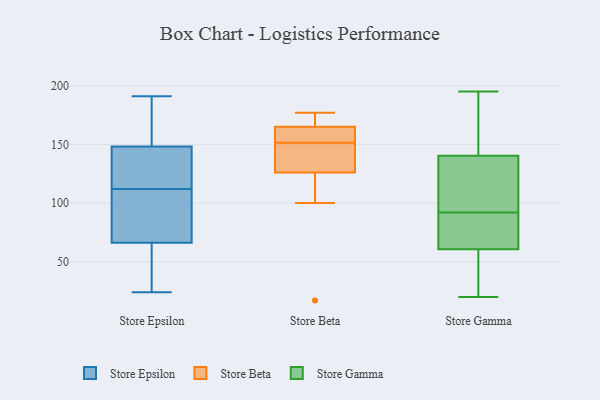
{"axis": {"x": "Backlog", "y": "Value"}, "legend": ["Store Beta", "Store Epsilon", "Store Gamma"], "data": [{"x": "", "y": 112, "type": "Store Epsilon"}, {"x": "", "y": 98, "type": "Store Epsilon"}, {"x": "", "y": 181, "type": "Store Epsilon"}, {"x": "", "y": 35, "type": "Store Epsilon"}, {"x": "", "y": 125, "type": "Store Epsilon"}, {"x": "", "y": 64, "type": "Store Epsilon"}, {"x": "", "y": 31, "type": "Store Epsilon"}, {"x": "", "y": 54, "type": "Store Epsilon"}, {"x": "", "y": 73, "type": "Store Epsilon"}, {"x": "", "y": 163, "type": "Store Epsilon"}, {"x": "", "y": 77, "type": "Store Epsilon"}, {"x": "", "y": 128, "type": "Store Epsilon"}, {"x": "", "y": 163, "type": "Store Epsilon"}, {"x": "", "y": 191, "type": "Store Epsilon"}, {"x": "", "y": 127, "type": "Store Epsilon"}, {"x": "", "y": 95, "type": "Store Epsilon"}, {"x": "", "y": 115, "type": "Store Epsilon"}, {"x": "", "y": 155, "type": "Store Epsilon"}, {"x": "", "y": 24, "type": "Store Epsilon"}, {"x": "", "y": 164, "type": "Store Beta"}, {"x": "", "y": 176, "type": "Store Beta"}, {"x": "", "y": 139, "type": "Store Beta"}, {"x": "", "y": 100, "type": "Store Beta"}, {"x": "", "y": 165, "type": "Store Beta"}, {"x": "", "y": 177, "type": "Store Beta"}, {"x": "", "y": 127, "type": "Store Beta"}, {"x": "", "y": 165, "type": "Store Beta"}, {"x": "", "y": 126, "type": "Store Beta"}, {"x": "", "y": 17, "type": "Store Beta"}, {"x": "", "y": 169, "type": "Store Gamma"}, {"x": "", "y": 68, "type": "Store Gamma"}, {"x": "", "y": 195, "type": "Store Gamma"}, {"x": "", "y": 93, "type": "Store Gamma"}, {"x": "", "y": 56, "type": "Store Gamma"}, {"x": "", "y": 58, "type": "Store Gamma"}, {"x": "", "y": 142, "type": "Store Gamma"}, {"x": "", "y": 86, "type": "Store Gamma"}, {"x": "", "y": 135, "type": "Store Gamma"}, {"x": "", "y": 92, "type": "Store Gamma"}, {"x": "", "y": 20, "type": "Store Gamma"}]}